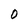
Character: O